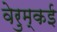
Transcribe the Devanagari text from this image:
वेरुम्कई